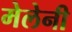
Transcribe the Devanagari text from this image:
मेलेनी